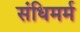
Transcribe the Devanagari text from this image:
संधिमर्म